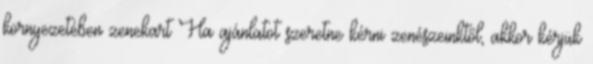
környezetében zenekart Ha ajánlatot szeretne kérni zenészeinktől, akkor kérjük